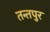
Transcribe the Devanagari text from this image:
तन्तपुर